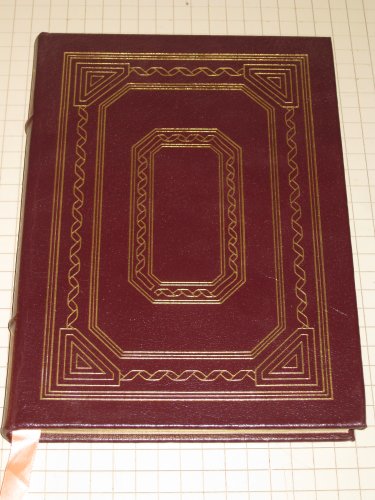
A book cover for Pygmalion AND Candida. Full Leather Collector's Library of Famous Editions Easton Press; Health, Fitness & Dieting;